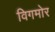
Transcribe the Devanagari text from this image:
विगमोर